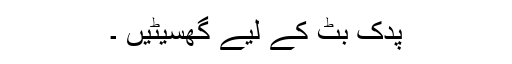
پدک بٹ کے لیے گھسیٹیں ۔